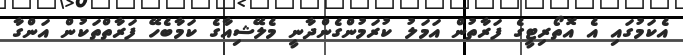
އެކަމުގައި އެ އޮތޯރިޓީގެ ފަރާތުން އަމަލު ކުރަމުންގެންދާނީ މެލޭޝިއާގެ ކަމާބެހޭ ފަރާތްތަކުން އަންގާ